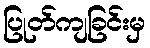
ပြုတ်ကျခြင်းမှ